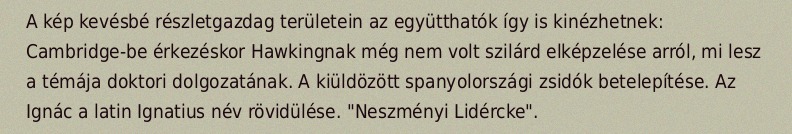
A kép kevésbé részletgazdag területein az együtthatók így is kinézhetnek: Cambridge-be érkezéskor Hawkingnak még nem volt szilárd elképzelése arról, mi lesz a témája doktori dolgozatának. A kiüldözött spanyolországi zsidók betelepítése. Az Ignác a latin Ignatius név rövidülése. "Neszményi Lidércke".